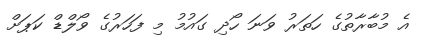
އެ މުބާރާތުގެ ހަތަރު ވަނަ ހޯދި ގައުމު މި ފަހަރުގެ ވޯލްޑް ކަޕަށް